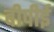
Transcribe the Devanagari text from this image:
बीपीई